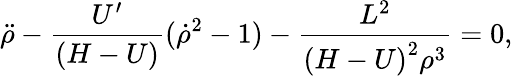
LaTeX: {\ddot{\rho}}-{\frac{U^{\prime}}{(H-U)}}({\dot{\rho}}^{2}-1)-{\frac{L^{2}}{{(H-U)}^{2}\rho^{3}}}=0,